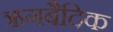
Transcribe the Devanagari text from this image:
ऋगबैदिक